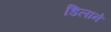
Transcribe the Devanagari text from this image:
डिलाने